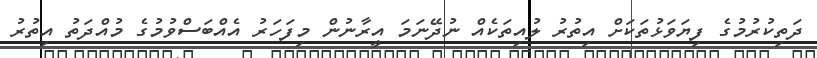
ދަތިކުރުމުގެ ފިޔަވަޅުތަކަށް އިތުރު ލުއިތަކެއް ނުދޭނަމަ އީރާނުން މިފަހަރު އެއްބަސްވުމުގެ މުއްދަތު އިތުރު